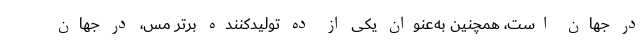
در جهان است، همچنین به‌عنوان یکی از ده تولیدکننده برتر مس، در جهان